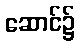
ဆောင်၌